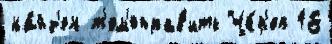
на́йд'ен т'ем'еправ'ить Че́р'еп 16